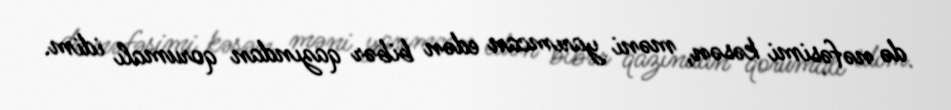
də nəfəsimi kəsən, məni yarımcan edən bibər qazından qorumalı idim.